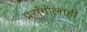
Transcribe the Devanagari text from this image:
प्रसंगालाही